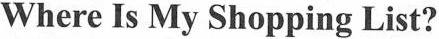
Where Is My Shopping List?